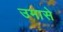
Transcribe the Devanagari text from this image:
उमासे